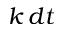
k \, d t